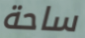
ساحة